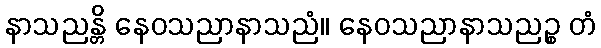
နာသညန္တိ နေဝသညာနာသညံ။ နေဝသညာနာသညဉ္စ တံ